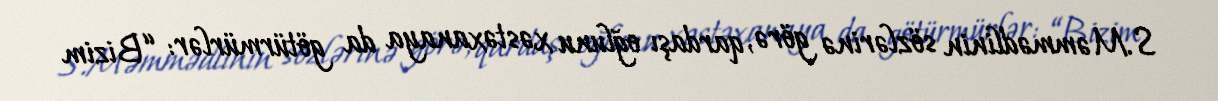
S.Məmmədlinin sözlərinə görə, qardaşı oğlunu xəstəxanaya da götürmürlər: “Bizim